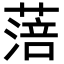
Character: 𦹃